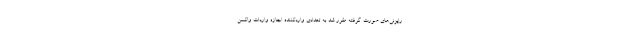
رایزنی‌های صورت گرفته مقرر شد به تعدادی واردکننده اجازه واردات واکسن